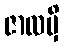
ဇာလမှိ